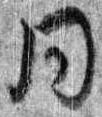
同